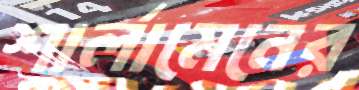
শার্লামেনের